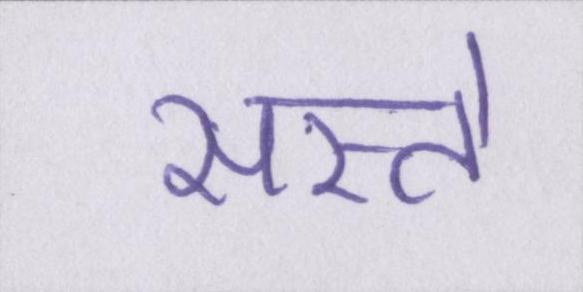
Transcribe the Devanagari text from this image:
सस्ते